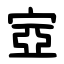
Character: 㝞